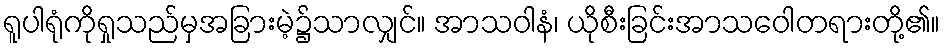
ရူပါရုံကိုရှုသည်မှအခြားမဲ့၌သာလျှင်။ အာသဝါနံ၊ ယိုစီးခြင်းအာသဝေါတရားတို့၏။